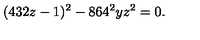
( 4 3 2 z - 1 ) ^ { 2 } - 8 6 4 ^ { 2 } y z ^ { 2 } = 0 .